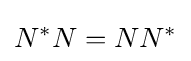
N^{*}N=NN^{*}